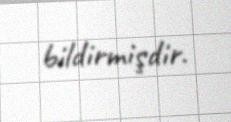
bildirmişdir.